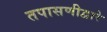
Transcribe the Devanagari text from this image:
तपासणीद्वारे